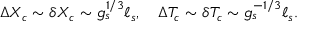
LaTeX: \Delta X _ { c } \sim \delta X _ { c } \sim g _ { s } ^ { 1 / 3 } \ell _ { s } , \quad \Delta T _ { c } \sim \delta T _ { c } \sim g _ { s } ^ { - 1 / 3 } \ell _ { s } .